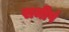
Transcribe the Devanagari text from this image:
समीपं